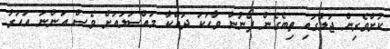
ކުށްވެރިން ޖަލުގައި ތިބެގެން ފޯނުން ވާހަކަ ދައްކާ މައްސަލައަށް ވެސް އަންނަ އަހަރު